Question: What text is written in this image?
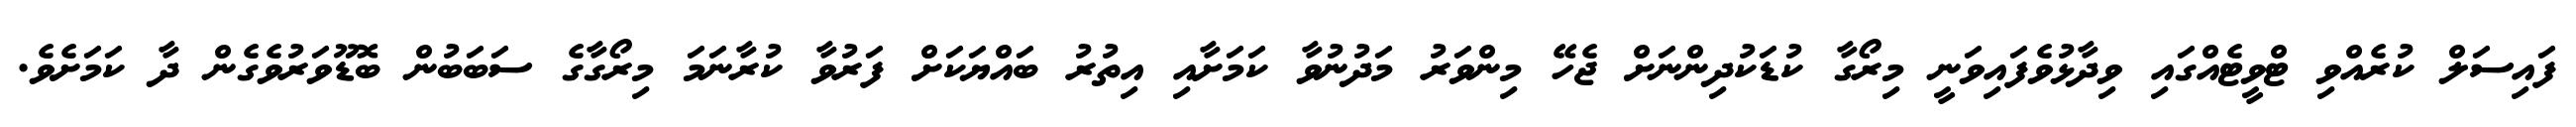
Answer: ފައިސަލް ކުރެއްވި ޓްވީޓެއްގައި ވިދާޅުވެފައިވަނީ މިރޯގާ ކުޑަކުދިންނަށް ޖެހޭ މިންވަރު މަދުނުވާ ކަމަށާއި އިތުރު ބައްޔަކަށް ފަރުވާ ކުރާނަމަ މިރޯގާގެ ސަބަބުން ބޮޑޫވަރުވެގެން ދާ ކަމަށެވެ.